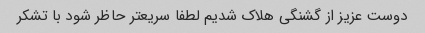
دوست عزیز از گشنگی هلاک شدیم لطفا سریعتر حاظر شود با تشکر